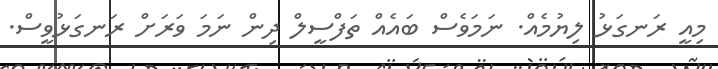
މިއީ ރަނގަޅު ލިޔުމެއް. ނަމަވެސް ބައެއް ތަފްސީލް ދިން ނަމަ ވަރަށް ރަނގަޅުވީސް.